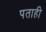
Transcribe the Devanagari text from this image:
पताही